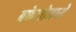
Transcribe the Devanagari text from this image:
बफेलोमध्ये